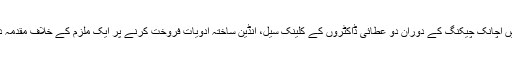
گجرات (جی پی آئی) اسسٹنٹ کمشنر کھاریاں ذوالفقار علی باگڑی نے مختلف علاقوں میں اچانک چیکنگ کے دوران دو عطائی ڈاکٹروں کے کلینک سیل، انڈین ساختہ ادویات فروخت کرنے پر ایک ملزم کے خلاف مقدمہ درج کرادیا جبکہ گرانفروشی پر 6دوکانداروں پر 9ہزار روپے جرمانہ عائد کر دیا ہے۔